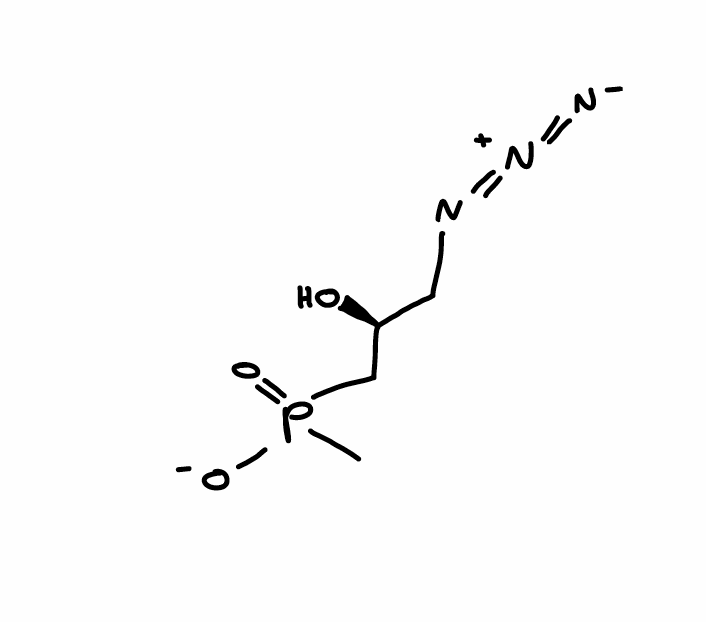
Simplified molecular-input line-entry system (SMILES) notation of the given molecule:
CP(=O)(C[C@H](CN=[N+]=[N-])O)[O-]